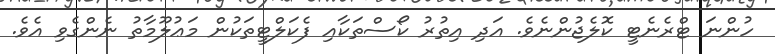
ހުންނަ ޓްރެނެޓީ ކޮލެޖުންނެވެ. އަދި އިތުރު ކޯސްތަކާއި ފެކަލްޓީތަކުން މަޢުލޫމާތު ނެންގެވި އެވެ.